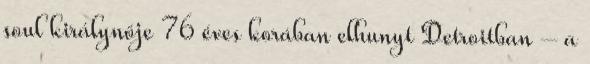
soul királynője 76 éves korában elhunyt Detroitban – a